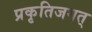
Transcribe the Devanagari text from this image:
प्रकृतिजगत्‌